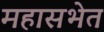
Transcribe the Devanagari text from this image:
महासभेत